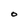
Character: O